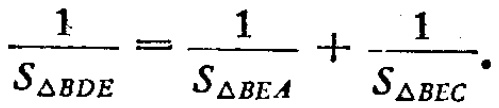
\(\frac{1}{S_{\triangle BDE}}=\frac{1}{S_{\triangle BEA}}+\frac{1}{S_{\triangle BEC}}.\)